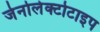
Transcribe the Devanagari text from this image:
जेनोलेक्टोटाइप